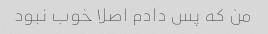
من که پس دادم اصلا خوب نبود